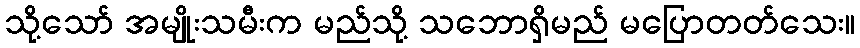
သို့သော် အမျိုးသမီးက မည်သို့ သဘောရှိမည် မပြောတတ်သေး။